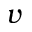
v